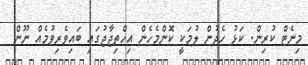
މިނެޓް ކުރިން. ކަޅު ހެދުން ލުމަކީ ކޮންމެހެން އިހްތިޖާޖުގައި ބައިވެރިވުމެއް ނޫން